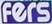
fers